Civil Veterinary Department. Central Provinces & Berar 1932-41 - 1932-1941
Year: 1932
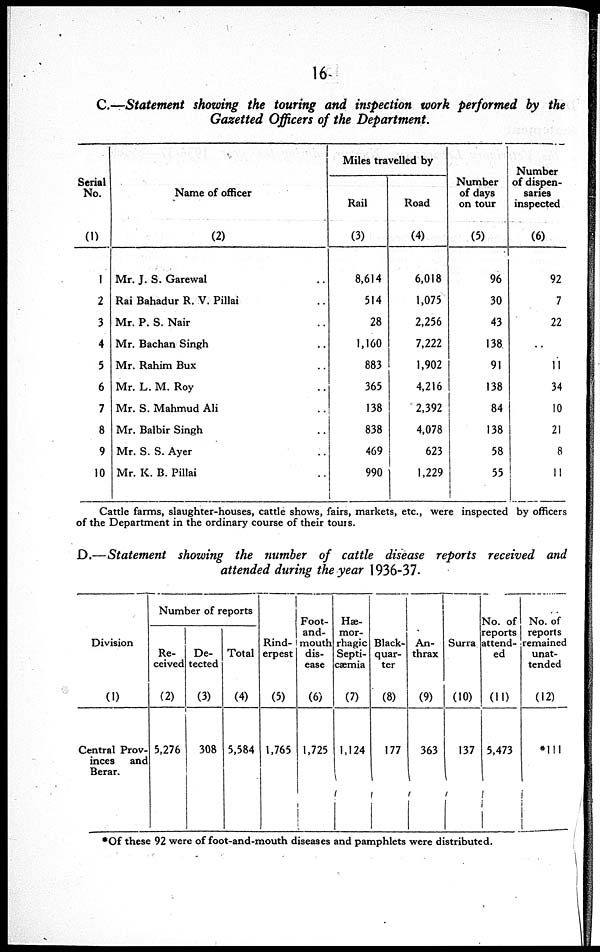
16
C.—Statement showing the touring and inspection work performed by the
Gazetted Officers of the Department.
Serial
No.
(1)
1
2
3
4
5
6
7
8
9
10
Name of officer
(2)
Mr. J. S. Garewal
Rai Bahadur R. V. Pillai
Mr. P. S. Nair
Mr. Bachan Singh
. .
Mr. Rahim Bux
. .
Mr. L. M. Roy
. .
Mr. S. Mahmud Ali
. .
Mr. Balbir Singh
. .
Mr. S. S. Ayer
Mr. K. B. Pillai
Miles travelled by
Rail
(3)
8,614
514
28
1,160
883
365
138
838
469
990
Road
(4)
6,018
1,075
2,256
7,222
1,902
4,216
2,392
4,078
623
1,229
Number
of days
on tour
(5)
96
30
43
138
91
138
84
138
58
55
Number
of dispen-
saries
inspected
(6)
92
7
22
11
34
10
21
8
11
Cattle farms, slaughter-houses, cattle shows, fairs, markets, etc., were inspected by officers
of the Department in the ordinary course of their tours.
D.—Statement showing the number of cattle disease reports received and
attended during the year 1936-37.
Division
(1)
Central Prov-
inces
and
Berar.
Number of reports
Re-
ceived
(2)
5,276
De-
tected
(3)
308
Total
(4)
5,584
Rind-
erpest
(5)
1,765
Foot-
and-
mouth
dis-
ease
(6)
1,725
Hæ-
mor-
rhagic
Septi-
cæmia
(7)
1,124
Black-
quar-
ter
(8)
177
An-
thrax
(9)
363
Surra
(10)
137
No. of
reports
attend-
ed
(11)
5,473
No. of
reports
remained
unat-
tended
(12)
*111
*Of these 92 were of foot-and-mouth diseases and pamphlets were distributed.